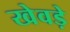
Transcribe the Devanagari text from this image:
खेवड़े